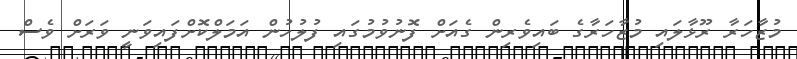
މުޒާހަރާ ރޫޅާލައި މުޒާހަރާގެ ބައިވެރިން ގެއަށް ފޮނުވުމުގައި ފުލުހުން އަމަލްކޮށްފައިވަނީ ވަރަށް ވެސް